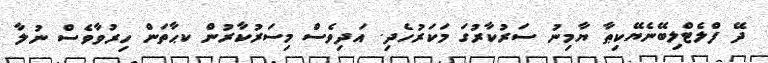
ދޭ ފްލެޓްލިބޭނެޔޭކިޠާ ޔާމިނު ސަރުކާރުގަ މަކަރުހެދި. އަދިވެސް މިސަރުކާރުން ކޙާތަން ހިރުވާވެސް ނުލާ